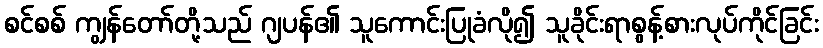
စင်စစ် ကျွန်တော်တို့သည် ဂျပန်၏ သူကောင်းပြုခံလို၍ သူခိုင်းရာစွန့်စားလုပ်ကိုင်ခြင်း